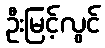
ဦးမြင့်လွင်